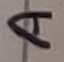
Text: A